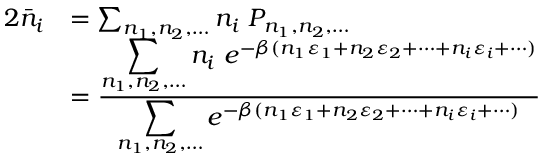
{ \begin{array} { r l } { { 2 } { \bar { n } } _ { i } } & { = \sum _ { n _ { 1 } , n _ { 2 } , \dots } n _ { i } \ P _ { n _ { 1 } , n _ { 2 } , \dots } } \\ & { = { \frac { \displaystyle \sum _ { n _ { 1 } , n _ { 2 } , \dots } n _ { i } \ e ^ { - \beta ( n _ { 1 } \varepsilon _ { 1 } + n _ { 2 } \varepsilon _ { 2 } + \cdots + n _ { i } \varepsilon _ { i } + \cdots ) } } { \displaystyle \sum _ { n _ { 1 } , n _ { 2 } , \dots } e ^ { - \beta ( n _ { 1 } \varepsilon _ { 1 } + n _ { 2 } \varepsilon _ { 2 } + \cdots + n _ { i } \varepsilon _ { i } + \cdots ) } } } } \end{array} }